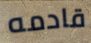
قادمه